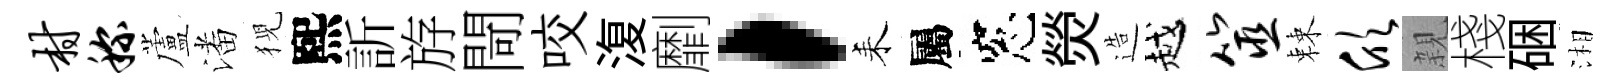
村称蘆潘猊熙訢斿閜咬𣸪劘，耒屬窓熒造越筮棘欣親棧硱湘